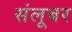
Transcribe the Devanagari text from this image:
संलूबर